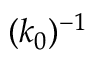
( k _ { 0 } ) ^ { - 1 }